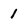
Character: I